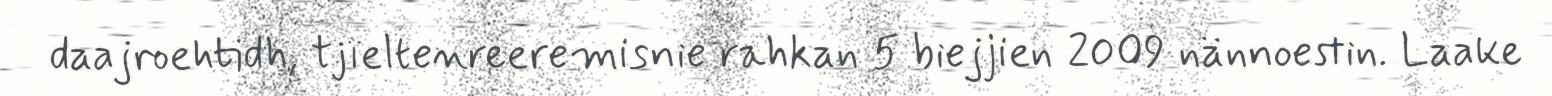
daajroehtidh, tjïeltenreeremisnie rahkan 5 biejjien 2009 nännoestin. Laake